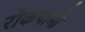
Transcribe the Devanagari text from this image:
रोकथामों